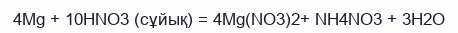
4Mg + 10HNO3 (сұйық) = 4Mg(NO3)2+ NH4NO3 + 3H2O